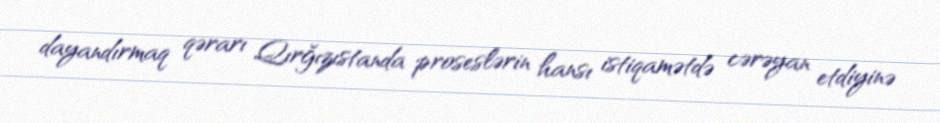
dayandırmaq qərarı Qırğızıstanda proseslərin hansı istiqamətdə cərəyan etdiyinə